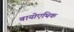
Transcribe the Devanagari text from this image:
बायोएथिक